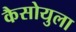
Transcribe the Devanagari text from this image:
कैसोयुला